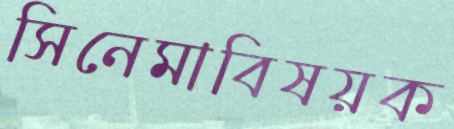
সিনেমাবিষয়ক